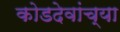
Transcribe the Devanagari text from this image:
कोडदेवांच्या